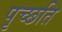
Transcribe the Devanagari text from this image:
पृच्छति